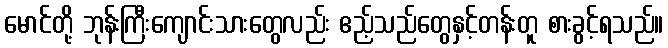
မောင်တို့ ဘုန်းကြီးကျောင်းသားတွေလည်း ဧည့်သည်တွေနှင့်တန်းတူ စားခွင့်ရသည်။